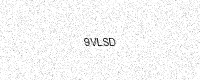
Text: 9VLSD